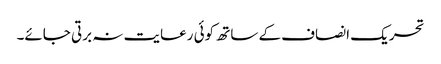
تحریک انصاف کے ساتھ کوئی رعایت نہ برتی جائے۔